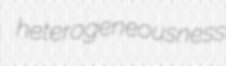
heterogeneousness